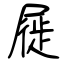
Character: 屣